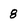
Character: 8